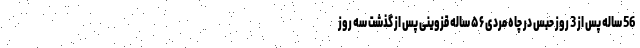
56 ساله پس از 3 روز حبس در چاه مردی ۵۶ ساله قزوینی پس از گذشت سه روز